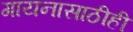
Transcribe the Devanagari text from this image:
गायनासाठीही